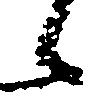
候